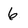
Character: 6